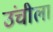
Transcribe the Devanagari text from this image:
उंचीला